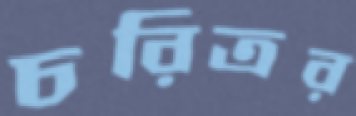
চরিত্রর